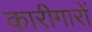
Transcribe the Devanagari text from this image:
कारीगारों